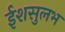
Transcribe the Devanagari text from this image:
ईशसुलभ